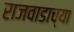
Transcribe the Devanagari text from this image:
राजवाडाच्या